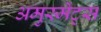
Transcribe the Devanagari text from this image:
अमुस्मेंट्स